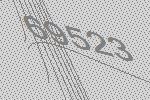
69523